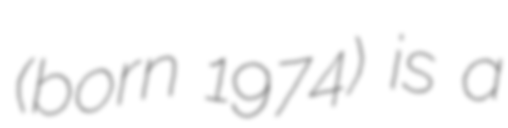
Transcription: (born 1974) is a